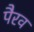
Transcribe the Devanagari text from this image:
पैरव